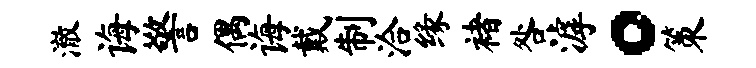
澈诲警偶诲戴制洽缘褚咎滹。策